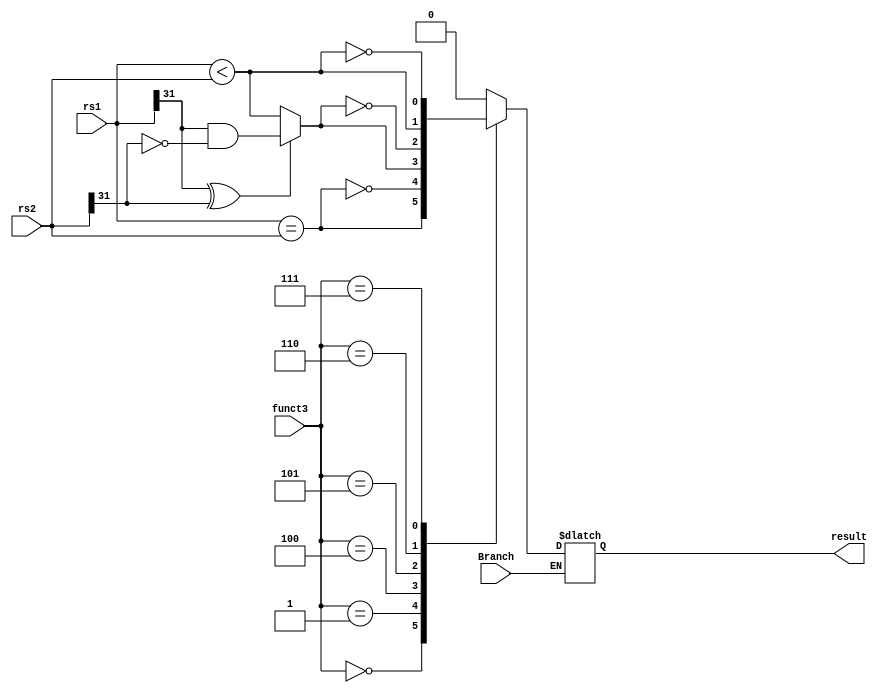
module branch_mod(
input Branch,
input [2:0] funct3,
input [31:0] rs1, rs2,
output result
);
	reg temp;
	parameter BEQ =3'b000 , BNE = 3'b001 , BLT = 3'b100 , BGE = 3'b101 , BLTU = 3'b110 , BGEU =  3'b111;
	wire sign_bit = rs1[31] ^ rs2[31];
	wire res_eq;
	wire res_lt;
	wire res_ltu;
	assign res_eq = (rs1 == rs2);
	assign res_lt = (rs1 < rs2);
	assign res_ltu = (sign_bit) ? (rs1[31] &~ rs2[31]) : (rs1 < rs2);
	
    always @(*) begin
        if(Branch) begin
		    case(funct3)
		    	BEQ	:   temp <= res_eq;
		    	BNE	:   temp <= ~(res_eq);
		    	BLT	:   temp <= res_ltu;
		    	BGE	:   temp <= ~(res_ltu);
		    	BLTU:   temp <= res_lt;
		    	BGEU:   temp <= ~(res_lt);
		    	default:temp <= 1'b0;
		    endcase
        end
	end
	assign result = temp;
endmodule